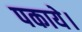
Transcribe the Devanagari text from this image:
पकाये।